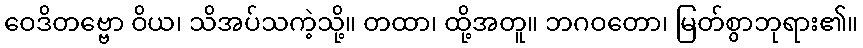
ဝေဒိတဗ္ဗော ဝိယ၊ သိအပ်သကဲ့သို့။ တထာ၊ ထို့အတူ။ ဘဂဝတော၊ မြတ်စွာဘုရား၏။